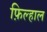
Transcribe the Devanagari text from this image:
फ़िल्हाल